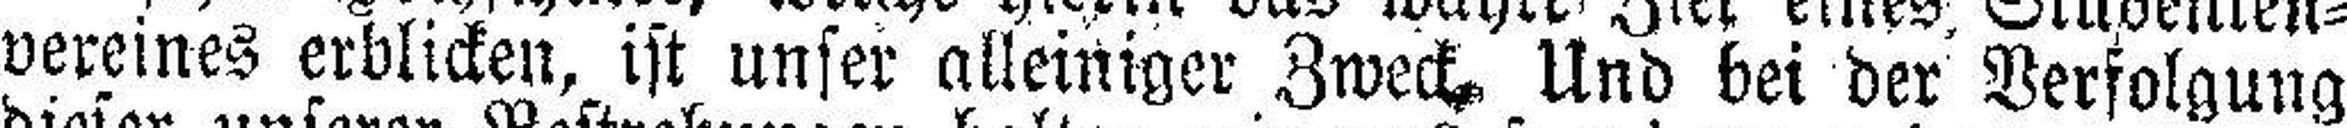
vereines erblicken, ist unser alleiniger Zweck. Und bei der Verfolgung